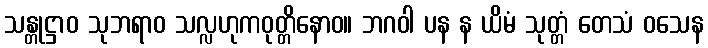
သန္တုဋ္ဌာဝ သုဘရာဝ သလ္လဟုကဝုတ္တိနောဝ။ ဘဂဝါ ပန န ယိမံ သုတ္တံ တေသံ ဝသေန